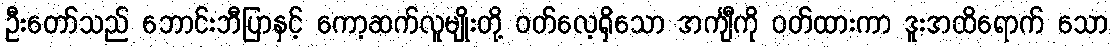
ဦးတော်သည် ဘောင်းဘီပြာနှင့် ကော့ဆက်လူမျိုးတို့ ဝတ်လေ့ရှိသော အင်္ကျီကို ဝတ်ထားကာ ဒူးအထိရောက် သော